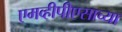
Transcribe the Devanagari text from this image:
एमव्हीपीएसाच्या